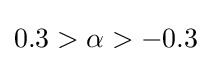
0.3>{\alpha }>-0.3